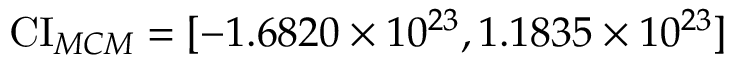
\operatorname { C I } _ { M C M } = [ - 1 . 6 8 2 0 \times 1 0 ^ { 2 3 } , 1 . 1 8 3 5 \times 1 0 ^ { 2 3 } ]